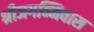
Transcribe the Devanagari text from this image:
श्रीजगन्निवास